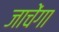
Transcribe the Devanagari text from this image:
जाचेंगा